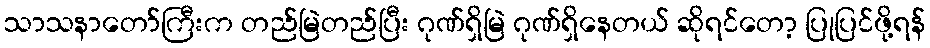
သာသနာတော်ကြီးက တည်မြဲတည်ပြီး ဂုဏ်ရှိမြဲ ဂုဏ်ရှိနေတယ် ဆိုရင်တော့ ပြုပြင်ဖို့ရန်